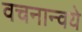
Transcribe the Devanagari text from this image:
वचनान्वये